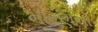
મારણના